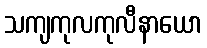
သကျကုလကုလီနာယော